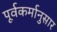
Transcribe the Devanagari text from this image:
पूर्वकर्मानुसार